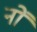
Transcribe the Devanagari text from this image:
नों